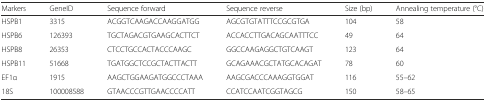
<table><thead><tr><td><b>Markers</b></td><td><b>GeneID</b></td><td><b>Sequence forward</b></td><td><b>Sequence reverse</b></td><td><b>Size (bp)</b></td><td><b>Annealing temperature (°C)</b></td></tr></thead><tbody><tr><td>HSPB1</td><td>3315</td><td>ACGGTCAAGACCAAGGATGG</td><td>AGCGTGTATTTCCGCGTGA</td><td>104</td><td>58</td></tr><tr><td>HSPB6</td><td>126393</td><td>TGCTAGACGTGAAGCACTTCT</td><td>ACCACCTTGACAGCAATTTCC</td><td>49</td><td>64</td></tr><tr><td>HSPB8</td><td>26353</td><td>CTCCTGCCACTACCCAAGC</td><td>GGCCAAGAGGCTGTCAAGT</td><td>123</td><td>64</td></tr><tr><td>HSPB11</td><td>51668</td><td>TGATGGCTCCGCTACTTACTT</td><td>GCAGAAACGCTATGCACAGAT</td><td>78</td><td>60</td></tr><tr><td>EF1α</td><td>1915</td><td>AAGCTGGAAGATGGCCCTAAA</td><td>AAGCGACCCAAAGGTGGAT</td><td>116</td><td>55–62</td></tr><tr><td>18S</td><td>100008588</td><td>GTAACCCGTTGAACCCCATT</td><td>CCATCCAATCGGTAGCG</td><td>150</td><td>58–65</td></tr></tbody></table>